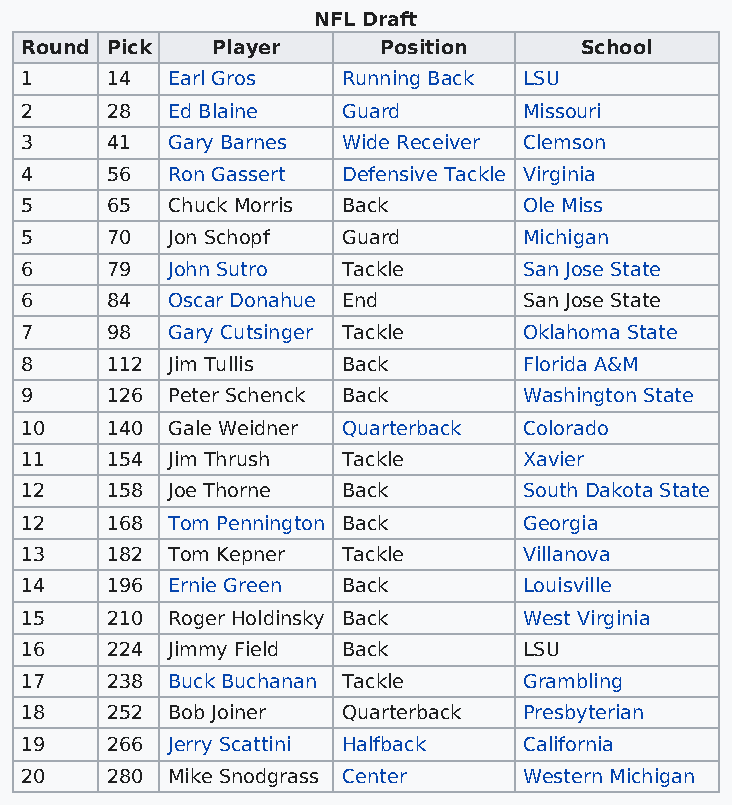
NFL Draft
 Round Pick   Player     Position     School
 1     14  Earl Gros   Running Back LSU
 2     28  Ed Blaine   Guard       Missouri
 3     41  Gary Barnes Wide Receiver Clemson
 4     56  Ron Gassert Defensive Tackle Virginia
 5     65  Chuck Morris Back       Ole Miss
 5     70  Jon Schopf  Guard       Michigan
 6     79  John Sutro  Tackle      San Jose State
 6     84  Oscar Donahue End       San Jose State
 7     98  Gary Cutsinger Tackle   Oklahoma State
 8     112 Jim Tullis  Back        Florida A&M
 9     126 Peter Schenck Back      Washington State
 10    140 Gale Weidner Quarterback Colorado
 11    154 Jim Thrush  Tackle      Xavier
 12    158 Joe Thorne  Back        South Dakota State
 12    168 Tom Pennington Back     Georgia
 13    182 Tom Kepner  Tackle      Villanova
 14    196 Ernie Green Back        Louisville
 15    210 Roger Holdinsky Back    West Virginia
 16    224 Jimmy Field Back        LSU
 17    238 Buck Buchanan Tackle    Grambling
 18    252 Bob Joiner  Quarterback Presbyterian
 19    266 Jerry Scattini Halfback California
 20    280 Mike Snodgrass Center   Western Michigan